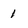
Character: 1